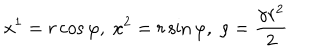
LaTeX: x ^ { 1 } = r \cos \varphi , \; x ^ { 2 } = r \sin \varphi , \; \rho = \frac { \gamma r ^ { 2 } } { 2 }